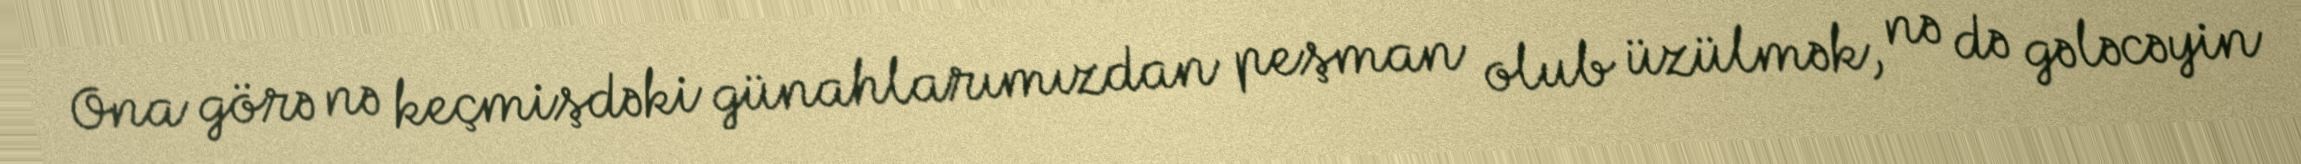
Ona görə nə keçmişdəki günahlarımızdan peşman olub üzülmək, nə də gələcəyin